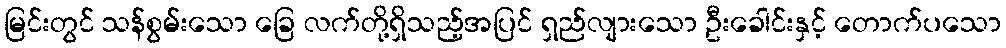
မြင်းတွင် သန်စွမ်းသော ခြေ လက်တို့ရှိသည့်အပြင် ရှည်လျားသော ဦးခေါင်းနှင့် တောက်ပသော